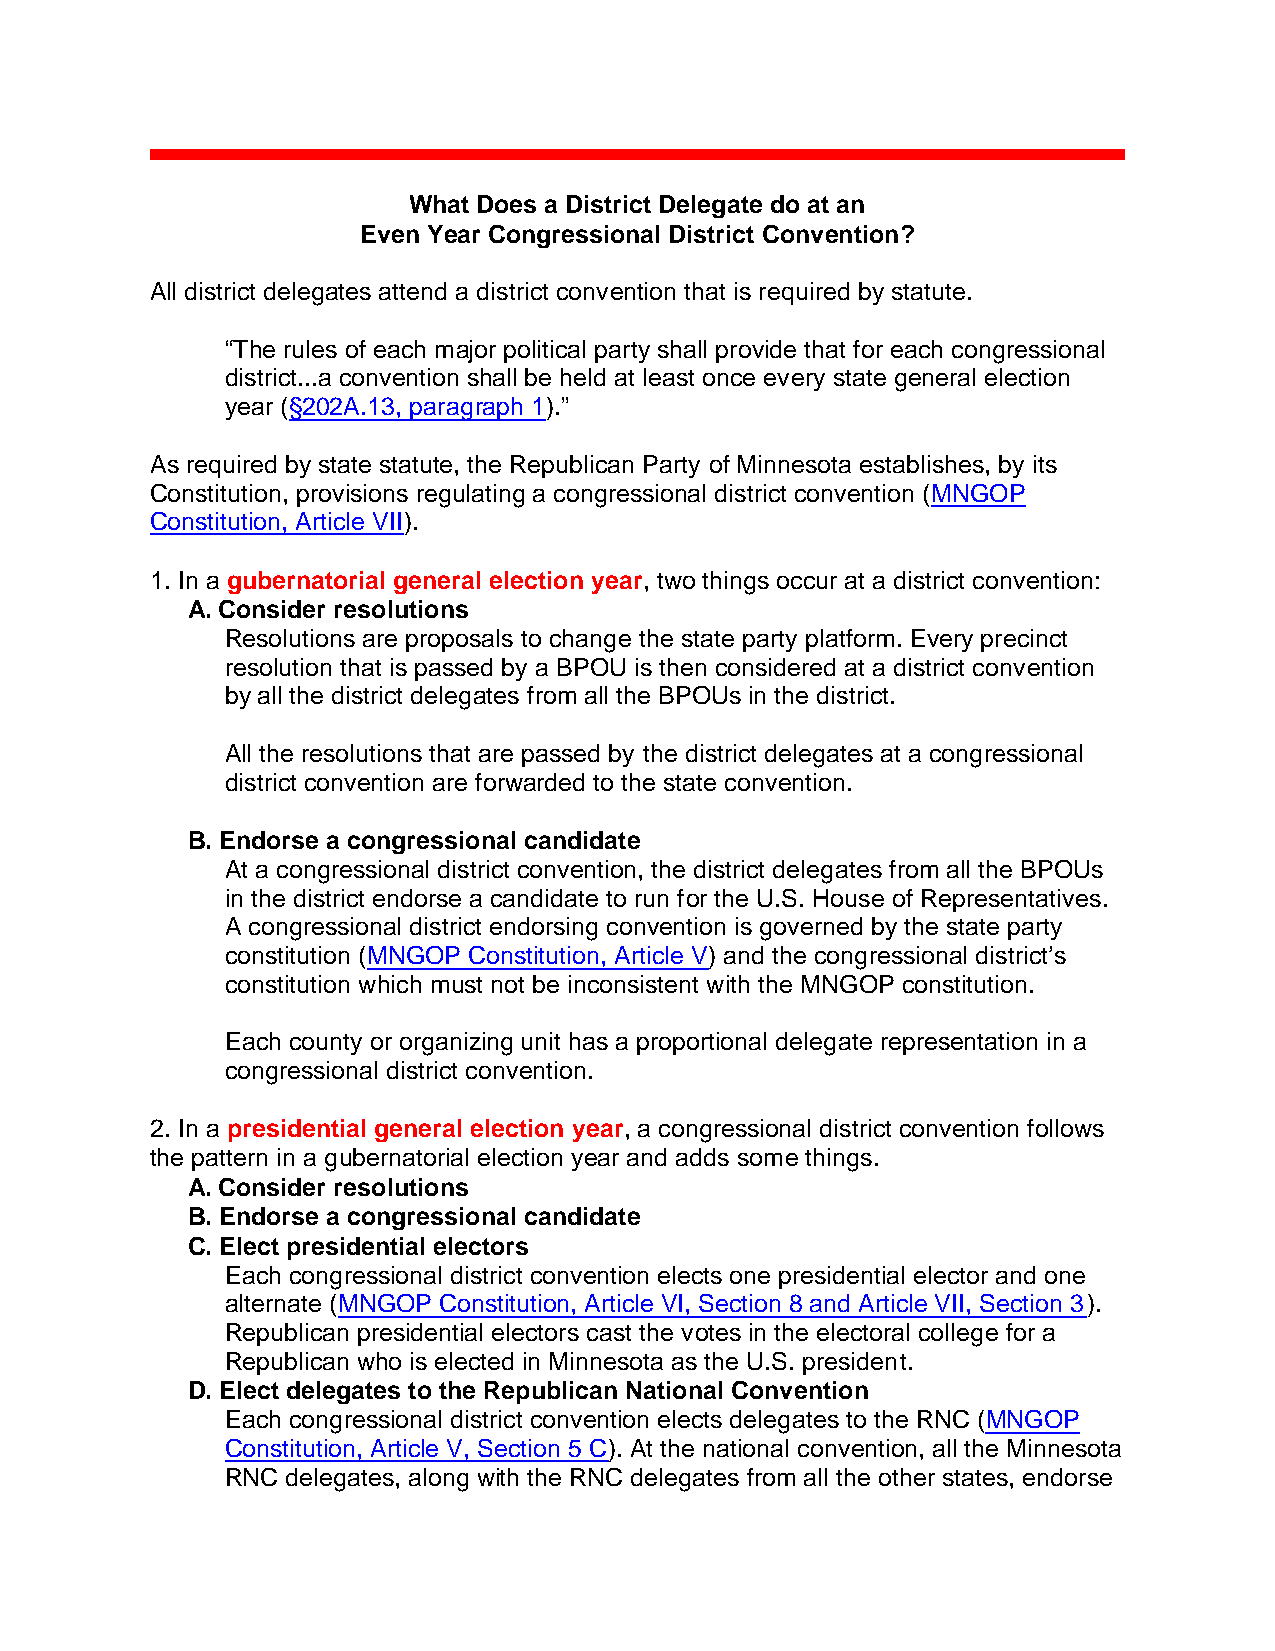
What Does a District Delegate do at an
 Even Year Congressional District Convention?
 All district delegates attend a district convention that is required by statute.
 “The rules of each major political party shall provide that for each congressional
 district...a convention shall be held at least once every state general election
 year (§202A.13, paragraph 1).”
 As required by state statute, the Republican Party of Minnesota establishes, by its
 Constitution, provisions regulating a congressional district convention (MNGOP
 Constitution, Article VII).
 1. In a gubernatorial general election year, two things occur at a district convention:
 A. Consider resolutions
 Resolutions are proposals to change the state party platform. Every precinct
 resolution that is passed by a BPOU is then considered at a district convention
 by all the district delegates from all the BPOUs in the district.
 All the resolutions that are passed by the district delegates at a congressional
 district convention are forwarded to the state convention.
 B. Endorse a congressional candidate
 At a congressional district convention, the district delegates from all the BPOUs
 in the district endorse a candidate to run for the U.S. House of Representatives.
 A congressional district endorsing convention is governed by the state party
 constitution (MNGOP Constitution, Article V) and the congressional district’s
 constitution which must not be inconsistent with the MNGOP constitution.
 Each county or organizing unit has a proportional delegate representation in a
 congressional district convention.
 2. In a presidential general election year, a congressional district convention follows
 the pattern in a gubernatorial election year and adds some things.
 A. Consider resolutions
 B. Endorse a congressional candidate
 C. Elect presidential electors
 Each congressional district convention elects one presidential elector and one
 alternate (MNGOP Constitution, Article VI, Section 8 and Article VII, Section 3).
 Republican presidential electors cast the votes in the electoral college for a
 Republican who is elected in Minnesota as the U.S. president.
 D. Elect delegates to the Republican National Convention
 Each congressional district convention elects delegates to the RNC (MNGOP
 Constitution, Article V, Section 5 C). At the national convention, all the Minnesota
 RNC delegates, along with the RNC delegates from all the other states, endorse